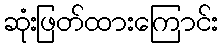
ဆုံးဖြတ်ထားကြောင်း